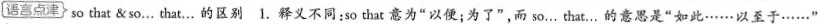
〔语宫点津}so that & so... That...的区别 1.释义不同:so that 意为"以便;为了",而 so.. That...的意思是"如此……以至于……".